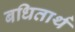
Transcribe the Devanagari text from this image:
बधितार्थ